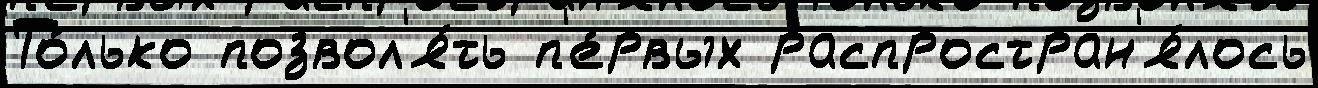
То́лько позвол'я́ть п'е́рвых распростран'я́лось